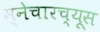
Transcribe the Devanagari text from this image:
म्नेचारच्यूस